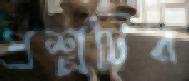
প্রশ্নটির